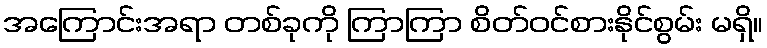
အကြောင်းအရာ တစ်ခုကို ကြာကြာ စိတ်ဝင်စားနိုင်စွမ်း မရှိ။